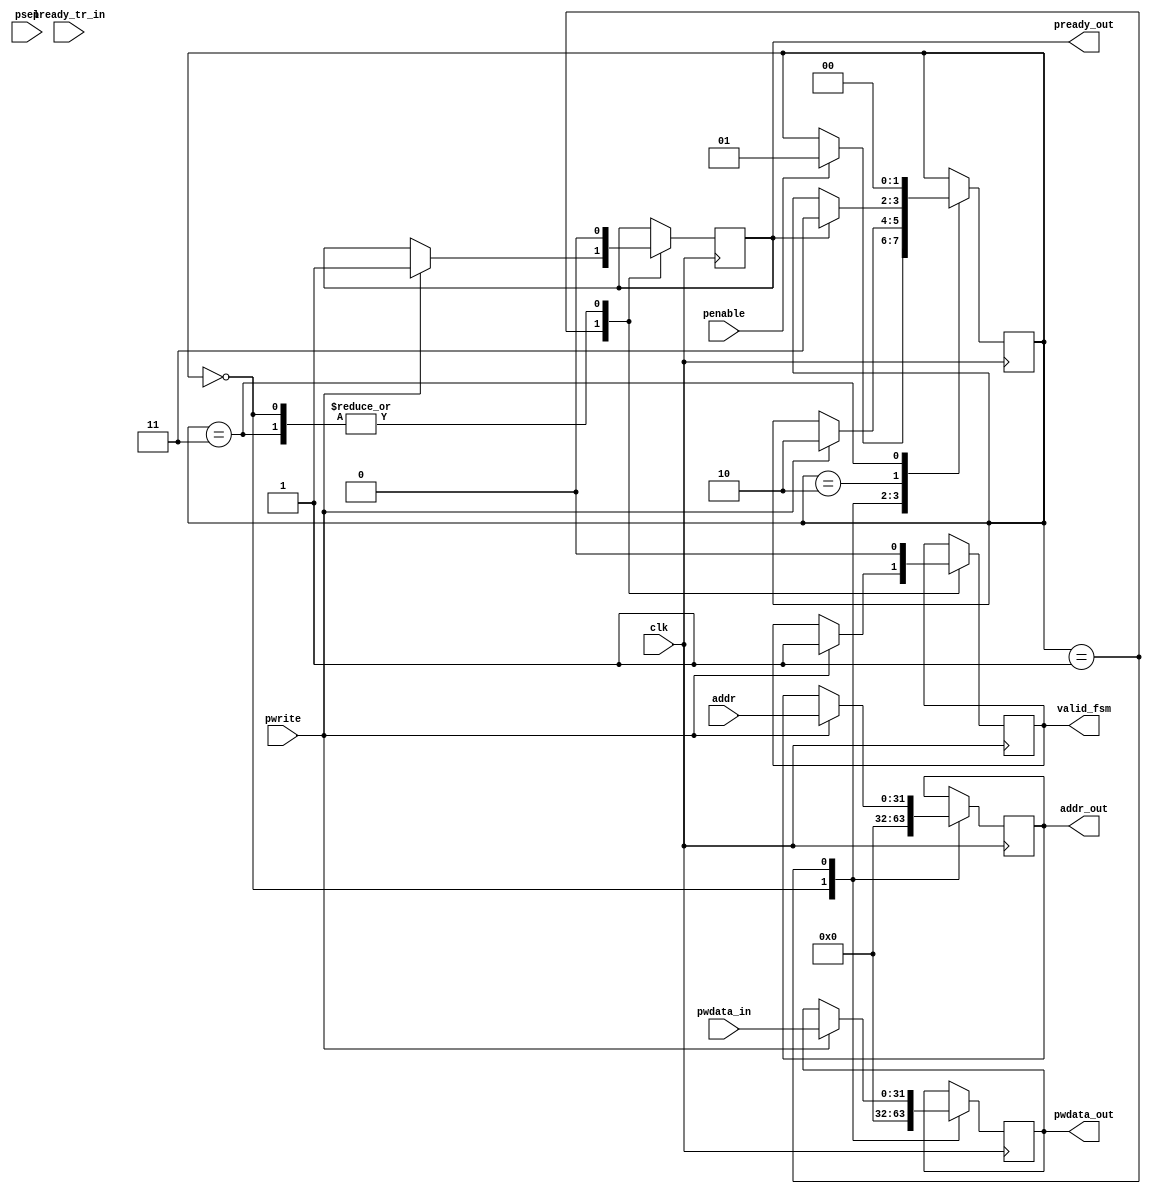

module slave(
input penable,
input [31:0] pwdata_in,
input clk,
input [1:0] psel,
input pready_tr_in,
input pwrite,
input [31:0] addr,
output reg [31:0] pwdata_out = 0,
output reg valid_fsm = 0,
output reg pready_out = 0,
output reg [31:0] addr_out = 0
);

reg [1:0] state;

  parameter IDLE = 2'b00;
  parameter NEXT = 2'b01;
  parameter WAIT_FOR_COMPLETION = 2'b10;
  parameter CLEANUP = 2'b11;
  
always @(posedge clk) begin
  case (state) 
  IDLE: begin
    pwdata_out <= 0;
    valid_fsm <= 0;
    pready_out <= 0;
    addr_out <= 0; 
      if(penable == 1'b1) begin
        state <= NEXT;
      end
   end   
  NEXT: begin   
        //if(psel == 2'b01) begin
          if(pwrite == 1'b1) begin
            pwdata_out <= pwdata_in;
            addr_out <= addr;
            valid_fsm <= 1'b1;
            pready_out <= 1'b1; //pready_tr_in;
            state <= WAIT_FOR_COMPLETION;
          end  
        //end 
  end
    
  WAIT_FOR_COMPLETION: begin
        if (pready_out)
          state <= CLEANUP;  
  end
    
  CLEANUP: begin
     valid_fsm <= 1'b0;
     pready_out <= 0;
     state <= IDLE;
  end
  endcase
end    
endmodule